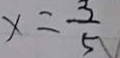
x = \frac { 3 } { 5 }